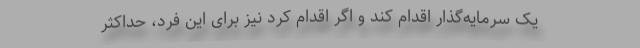
یک سرمایه‌گذار اقدام کند و اگر اقدام کرد نیز برای این فرد، حداکثر